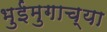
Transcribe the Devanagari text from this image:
भुईमुगाच्या